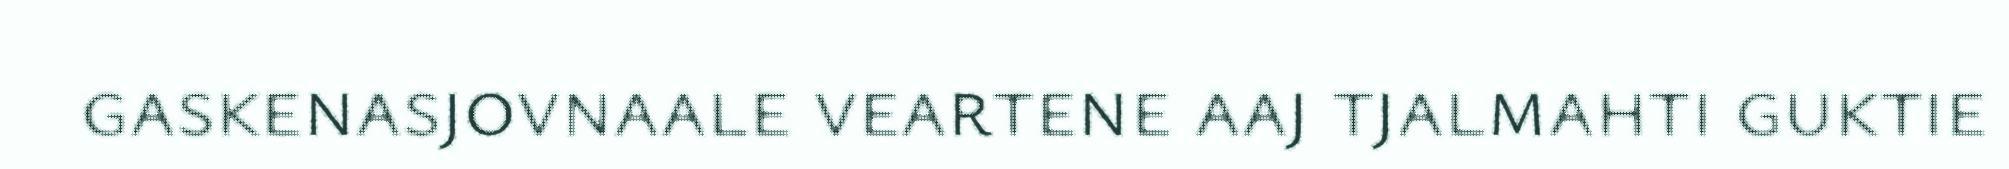
gaskenasjovnaale veartene aaj tjalmahti guktie